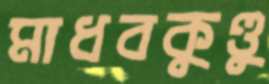
মাধবকুণ্ডু